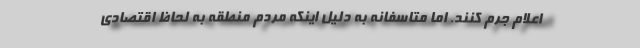
اعلام جرم کنند. اما متاسفانه به دلیل اینکه مردم منطقه به لحاظ اقتصادی